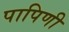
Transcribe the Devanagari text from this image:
पापिणी